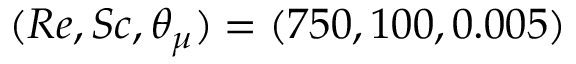
( R e , S c , \theta _ { \mu } ) = ( 7 5 0 , 1 0 0 , 0 . 0 0 5 )